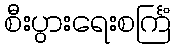
စီးပွားရေးစင်္ကြံ